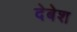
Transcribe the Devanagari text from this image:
देबेश